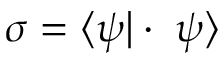
\sigma = \langle \psi | \cdot \; \psi \rangle